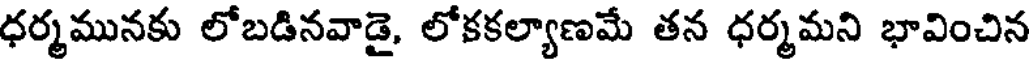
ధర్మమునకు లోబడినవాడై, లోకకల్యాణమే తన ధర్మమని భావించిన